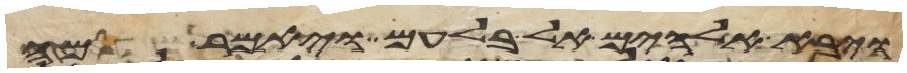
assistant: ויבא אלהים אל בלעם ויאמר מה